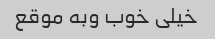
خیلی خوب وبه موقع